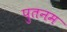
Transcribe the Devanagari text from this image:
पुतनम